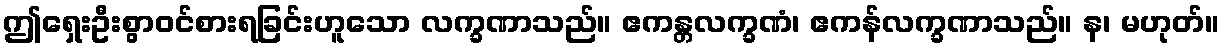
ဤရှေးဦးစွာဝင်စားရခြင်းဟူသော လက္ခဏာသည်။ ဧကန္တလက္ခဏံ၊ ဧကန်လက္ခဏာသည်။ န၊ မဟုတ်။